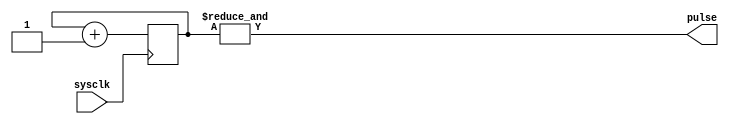
module heartbeat(input wire sysclk,
output wire pulse);
parameter WIDTH=8;
reg [(WIDTH-1):0] count=0;
assign pulse=&count;
always @(posedge sysclk) begin
		count<=count+1'b1;
end

endmodule